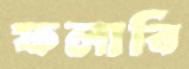
ফলাবি